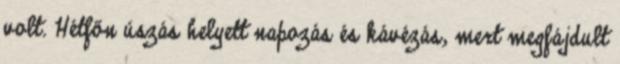
volt. Hétfőn úszás helyett napozás és kávézás, mert megfájdult